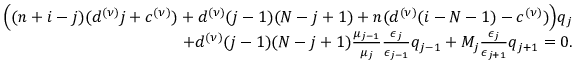
\begin{array} { r } { \Big ( ( n + i - j ) ( d ^ { ( \nu ) } j + c ^ { ( \nu ) } ) + d ^ { ( \nu ) } ( j - 1 ) ( N - j + 1 ) + n ( d ^ { ( \nu ) } ( i - N - 1 ) - c ^ { ( \nu ) } ) \Big ) q _ { j } } \\ { + d ^ { ( \nu ) } ( j - 1 ) ( N - j + 1 ) \frac { \mu _ { j - 1 } } { \mu _ { j } } \frac { \epsilon _ { j } } { \epsilon _ { j - 1 } } q _ { j - 1 } + M _ { j } \frac { \epsilon _ { j } } { \epsilon _ { j + 1 } } q _ { j + 1 } = 0 . } \end{array}